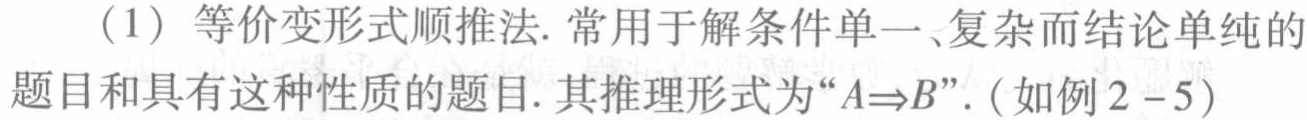
（1）等价变形式顺推法. 常用于解条件单一、复杂而结论单纯的题目和具有这种性质的题目. 其推理形式为“\(A\Rightarrow B\)”.（如例\(2 - 5\)）